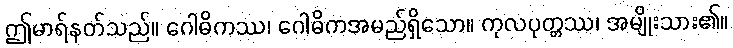
ဤမာရ်နတ်သည်။ ဂေါဓိကဿ၊ ဂေါဓိကအမည်ရှိသော။ ကုလပုတ္တဿ၊ အမျိုးသား၏။